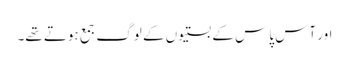
اور آس پاس کے بستیوں کے لوگ جمع ہوتے تھے۔